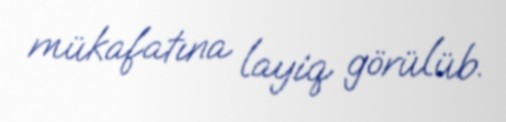
mükafatına layiq görülüb.